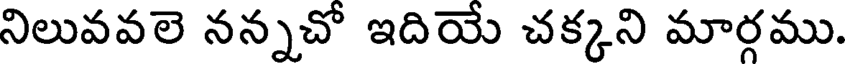
నిలువవలె నన్నచో ఇదియే చక్కని మార్గము.